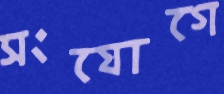
সংযোগে